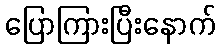
ပြောကြားပြီးနောက်